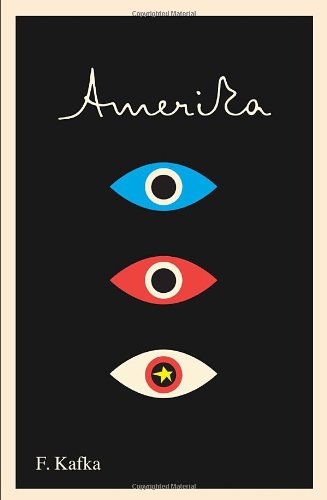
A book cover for Amerika: The Missing Person: A New Translation, Based on the Restored Text (The Schocken Kafka Library); Franz Kafka; Literature & Fiction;